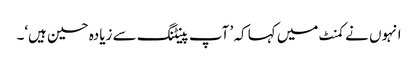
انہوں نے کمنٹ میں کہا کہ ’ آپ پینٹنگ سے زیادہ حسین ہیں‘۔